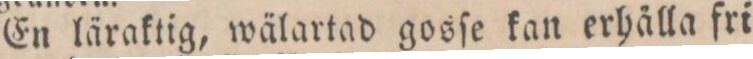
En läraktig, wälartad gosſe kan erhälla fri